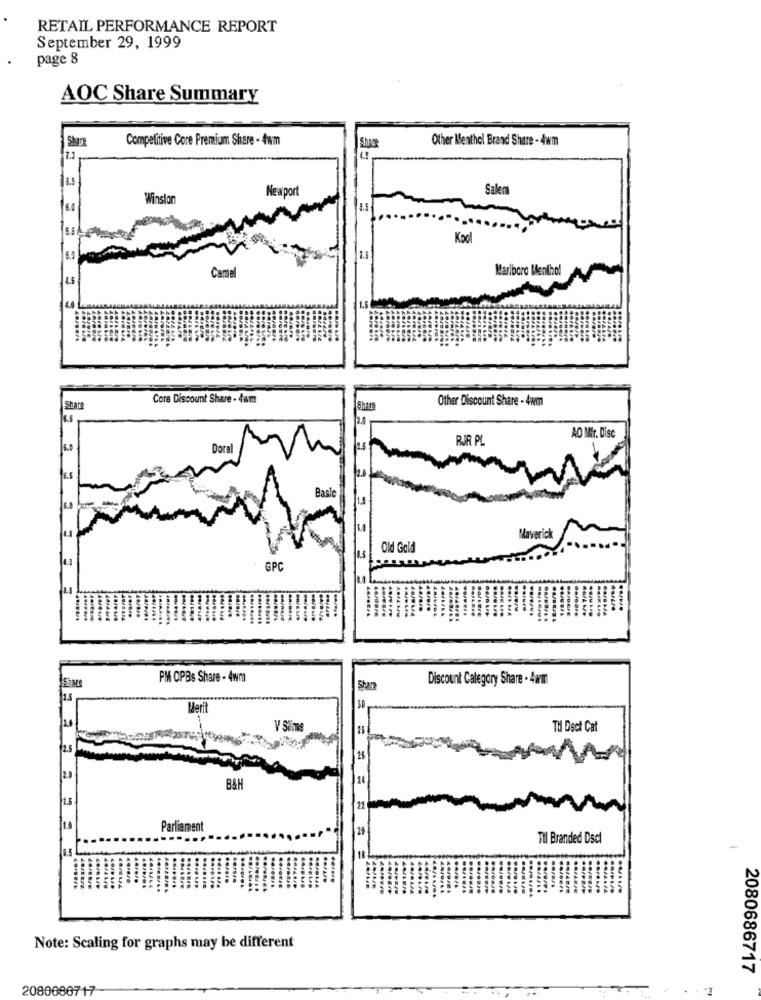
RETAIL PERFORMANCE REPORT
September 29, 1999
page 8
AOC Share Summary
Competitive Core Premium Share - 4wm
Other Menthol Brand Share - 4wm
7.1
Newport
Salem
Winston
$60
3.5
Kod
Camel
Marlboro Menthol
4.5
1.5
Cora Discount Share - 4um
Other Discount Share - 4wm
Shan
AO Mfr. Disc
RIR PL
6.0
Dora
ke
Baale
Maverick
Old Gold
GPC
PM OPBs Share - 4wm
Discount Category Share . 4mm
Share
Merit
V Sims
TH Dsct Cat
2.5
2.0
B&H
22
Parliament
Til Branded Dscl
Note: Scaling for graphs may be different
2080686717
2080686717